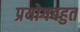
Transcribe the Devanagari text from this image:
प्रयोगबहुत